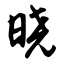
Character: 晓